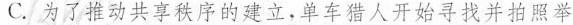
C.为了推动共享秩序的建立,单车猎人开始寻找并拍照举